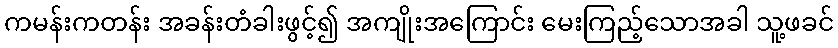
ကမန်းကတန်း အခန်းတံခါးဖွင့်၍ အကျိုးအကြောင်း မေးကြည့်သောအခါ သူ့ဖခင်